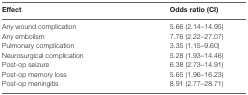
<table><thead><tr><td><b>Effect</b></td><td><b>Odds ratio (CI)</b></td></tr></thead><tbody><tr><td>Any wound complication</td><td>5.66 (2.14–14.95)</td></tr><tr><td>Any embolism</td><td>7.76 (2.22–27.07)</td></tr><tr><td>Pulmonary complication</td><td>3.35 (1.15–9.60)</td></tr><tr><td>Neurosurgical complication</td><td>5.28 (1.93–14.46)</td></tr><tr><td>Post-op seizure</td><td>6.38 (2.73–14.91)</td></tr><tr><td>Post-op memory loss</td><td>5.65 (1.96–16.23)</td></tr><tr><td>Post-op meningitis</td><td>8.91 (2.77–28.71)</td></tr></tbody></table>